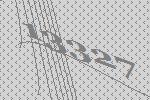
13327